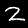
Digit: 2